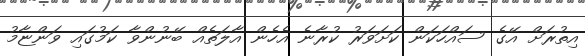
އިތުރަށް އޭގެ ސައްހަކަން ކަށަވަރު ކުރާނެ އެހެން އާލަތެއް ބޭނުންވާ ކަމުގައި ވަންޏާމު